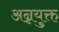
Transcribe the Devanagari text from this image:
अन्नयुक्त